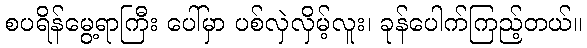
စပရိန်မွေ့ရာကြီး ပေါ်မှာ ပစ်လှဲလှိမ့်လူး၊ ခုန်ပေါက်ကြည့်တယ်။